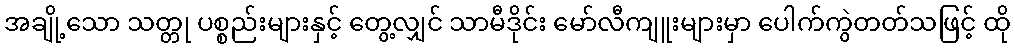
အချို့သော သတ္တု ပစ္စည်းများနှင့် တွေ့လျှင် သာမီဒိုင်း မော်လီကျူးများမှာ ပေါက်ကွဲတတ်သဖြင့် ထို